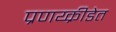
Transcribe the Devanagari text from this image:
प्रणय्क्रीडेत